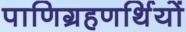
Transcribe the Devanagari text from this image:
पाणिग्रहणर्थियों